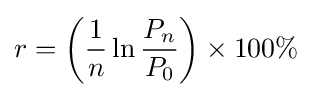
r=\left({\frac {1}{n}}\ln {\frac {P_{n}}{P_{0}}}\right)\times 100\%